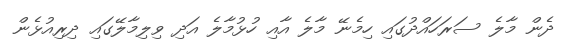
ދެން މާލެ ސަރަހައްދުގައި ހިމެނޭ މާލެ އާއި ހުޅުމާލެ އަދި ވިލިމާލޭގައި ދިރިއުޅެން